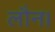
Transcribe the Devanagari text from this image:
लौन।